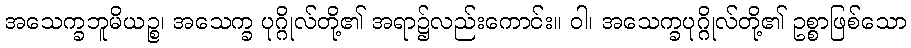
အသေက္ခဘူမိယဉ္စ၊ အသေက္ခ ပုဂ္ဂိုလ်တို့၏ အရာ၌လည်းကောင်း။ ဝါ၊ အသေက္ခပုဂ္ဂိုလ်တို့၏ ဥစ္စာဖြစ်သော